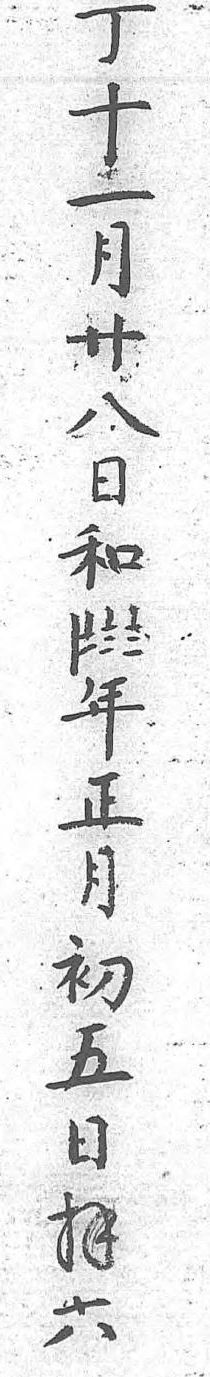
當事丁十一月廿八日和〡〧〨〨年正月初五日拜六